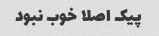
پیک اصلا خوب نبود